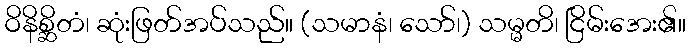
ဝိနိစ္ဆိတံ၊ ဆုံးဖြတ်အပ်သည်။ (သမာနံ၊ သော်၊) သမ္မတိ၊ ငြိမ်းအေး၏။